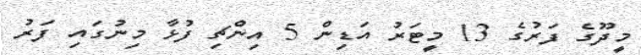
މީދޫގެ ފަރުގެ 13 މީޓަރު އަޑިން 5 އިންޗި ފުޅާ މިނުގައި ފަރު